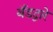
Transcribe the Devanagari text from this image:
बँडद्वारे